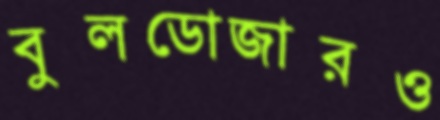
বুলডোজারও